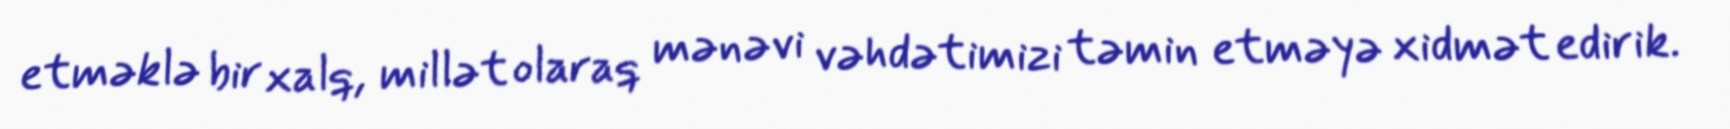
etməklə bir xalq, millət olaraq mənəvi vəhdətimizi təmin etməyə xidmət edirik.